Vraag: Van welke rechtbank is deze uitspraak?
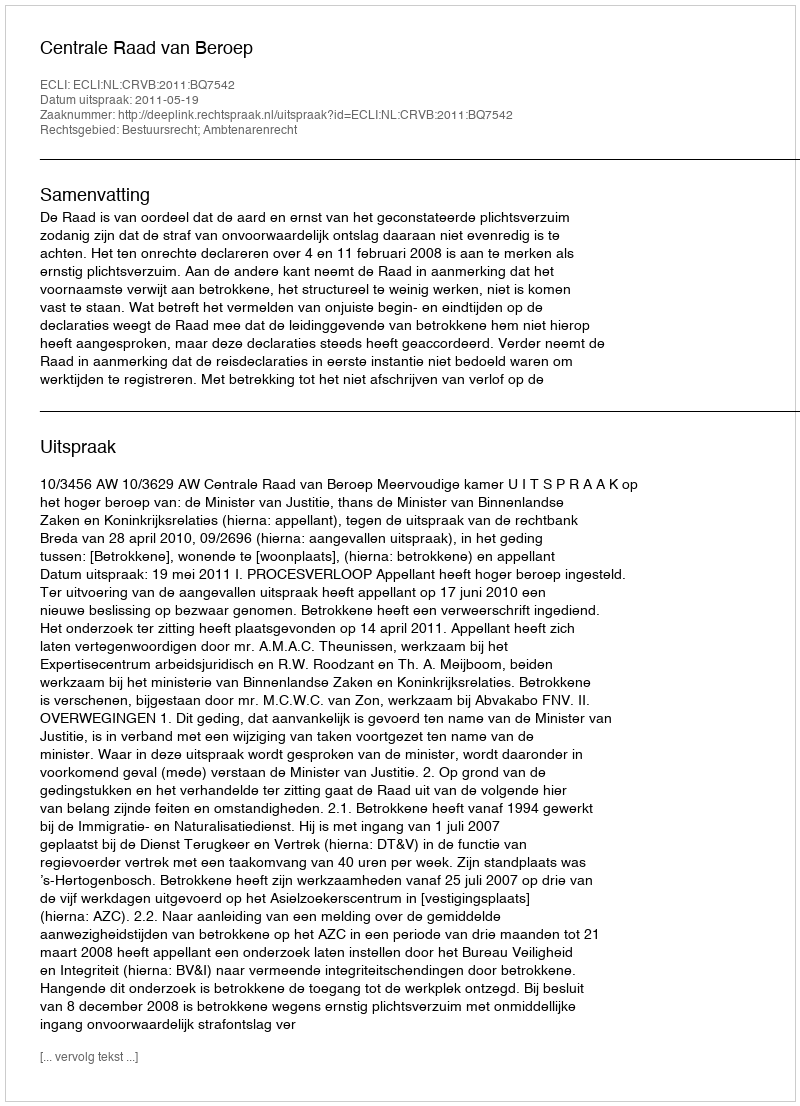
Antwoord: Centrale Raad van Beroep